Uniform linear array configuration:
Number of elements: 32
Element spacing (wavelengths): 0.5
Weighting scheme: hann
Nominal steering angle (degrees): -15
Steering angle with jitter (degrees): -16.641
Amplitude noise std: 0.05
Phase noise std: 0.05

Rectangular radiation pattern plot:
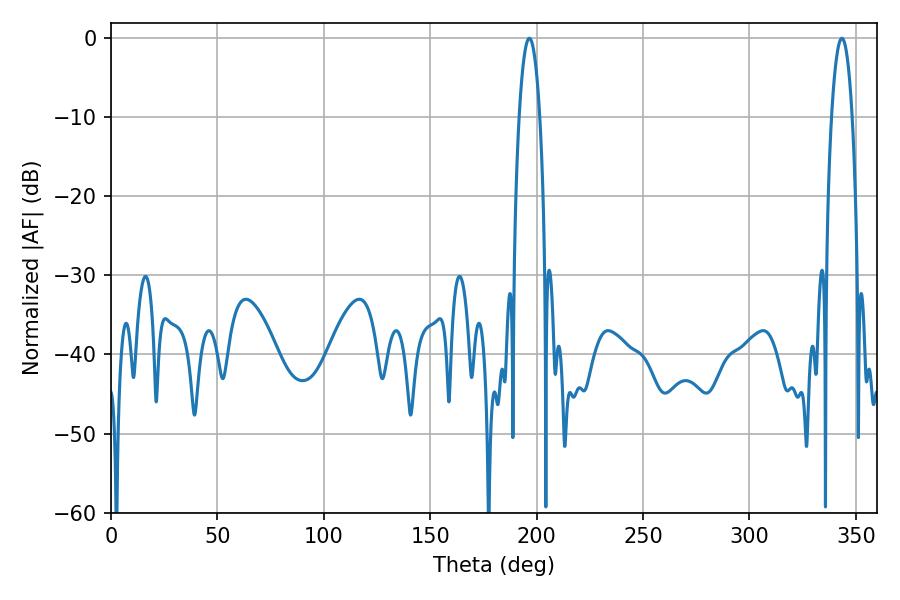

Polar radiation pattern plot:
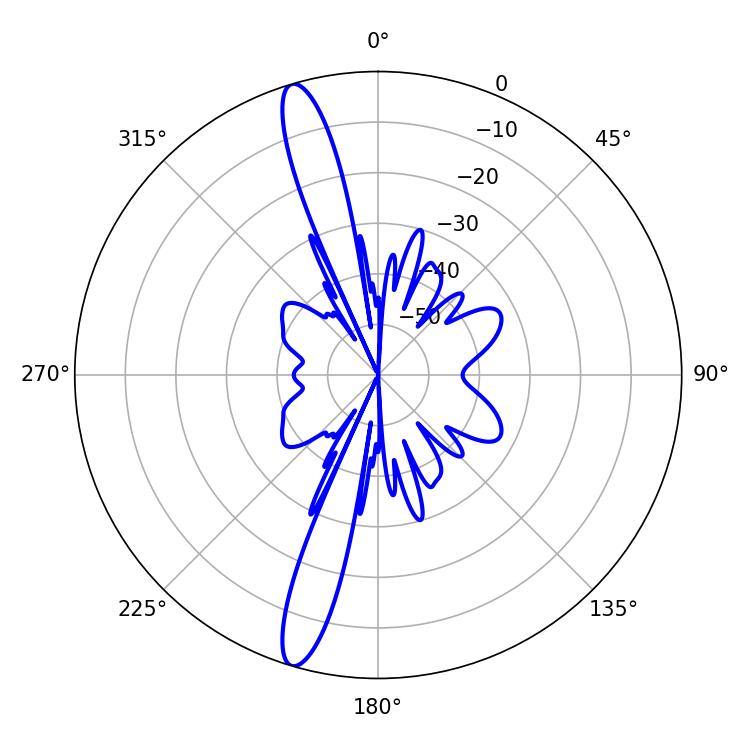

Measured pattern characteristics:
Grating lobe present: FALSE
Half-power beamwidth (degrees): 5.4
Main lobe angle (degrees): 196.56